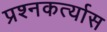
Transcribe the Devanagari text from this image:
प्रश्नकर्त्यास